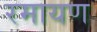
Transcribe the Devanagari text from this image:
रमायण